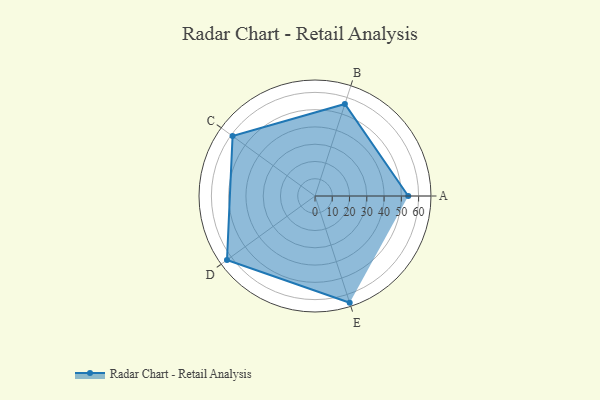
{"axis": {"x": "Skill", "y": "Score"}, "legend": ["Profile"], "data": [{"x": "A", "y": 54.0, "type": "Profile"}, {"x": "B", "y": 56.0, "type": "Profile"}, {"x": "C", "y": 59.0, "type": "Profile"}, {"x": "D", "y": 63.0, "type": "Profile"}, {"x": "E", "y": 65.0, "type": "Profile"}]}